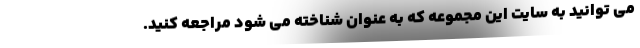
می توانید به سایت این مجموعه که به عنوان شناخته می شود مراجعه کنید.